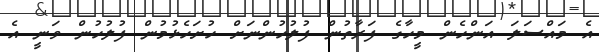
އެ މައްސަލަ އަންހެން މީހާގެ ފަރާތުން ފުލުހުންނަށް ހުށަހެޅުމުން ފުލުހުން ވަނީ އެ